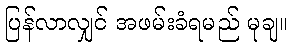
ပြန်လာလျှင် အဖမ်းခံရမည် မုချ။